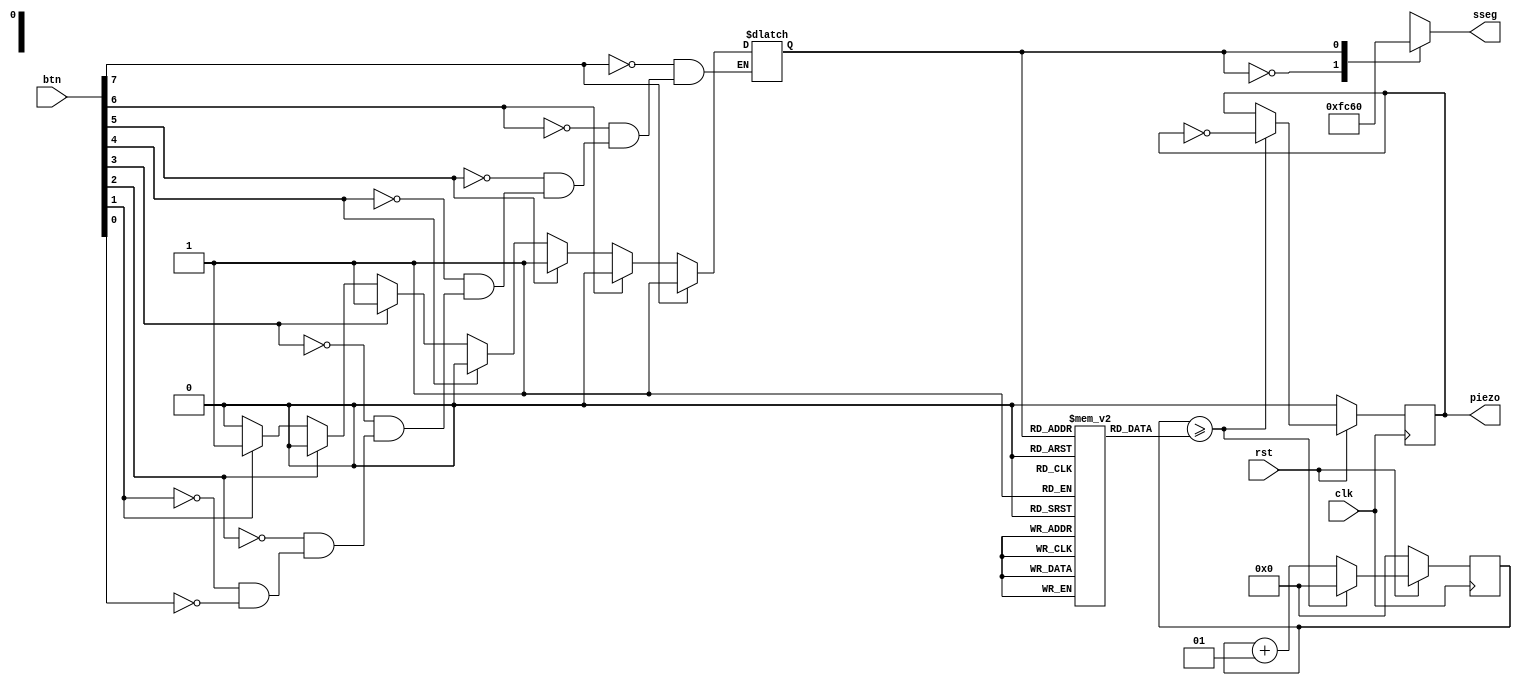
module piezo(
  rst, clk, btn, piezo, sseg
);
  input rst;
  input clk;
  input [7:0] btn;

  output piezo;
  output [7:0] sseg;

  wire piezo;

  reg [7:0] sseg;
  reg buff;
  reg cnt;

  integer cnt_sound;
  integer times[7:0];

  assign piezo = buff;

  initial begin
    times[0] = 1915;
    times[1] = 2032;
    times[2] = 2272;
    times[3] = 2564;
    times[4] = 2873;
    times[5] = 3048;
    times[6] = 3424;
    times[7] = 3846;

    cnt_sound = 0;
  end

  always @(btn) begin
    if (btn[0]) cnt = 0;
    if (btn[1]) cnt = 1;
    if (btn[2]) cnt = 2;
    if (btn[3]) cnt = 3;
    if (btn[4]) cnt = 4;
    if (btn[5]) cnt = 5;
    if (btn[6]) cnt = 6;
    if (btn[7]) cnt = 7;
  end

  always @(cnt)
    case (cnt)
      0: sseg <= 8'b11111100;
      1: sseg <= 8'b01100000;
      2: sseg <= 8'b11011010;
      3: sseg <= 8'b11110010;
      4: sseg <= 8'b01100110;
      5: sseg <= 8'b10110110;
      6: sseg <= 8'b10111110;
      7: sseg <= 8'b11100000;
    endcase

  always @(posedge clk) begin
    if (~rst) begin
      cnt_sound = 0;
      buff = 0;
    end
    else begin
      if (cnt_sound >= times[cnt]) begin
        cnt_sound = 0;
        buff = ~buff;
      end
      else
        cnt_sound = cnt_sound + 1;
    end
  end
endmodule